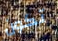
تكون